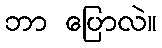
ဘာ ပြောလဲ။